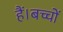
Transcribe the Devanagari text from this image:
हैं।बच्चों